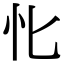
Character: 𢖬